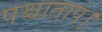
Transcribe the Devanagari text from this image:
पश्चाताप।